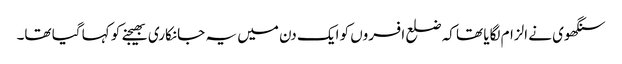
سنگھوی نے الزام لگایا تھا کہ ضلع افسروں کو ایک دن میں یہ جانکاری بھیجنے کو کہا گیا تھا۔